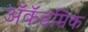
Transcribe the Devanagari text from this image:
ॲकॅडमिक